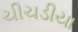
ચીચડીયા